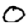
Digit: 0